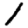
Digit: 1